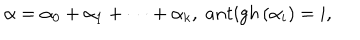
\alpha = \alpha _ { 0 } + \alpha _ { 1 } + \cdots + \alpha _ { k } , \; a n t i g h \left( \alpha _ { i } \right) = i ,